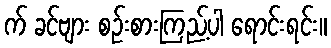
က် ခင်ဗျား စဉ်းစားကြည့်ပါ ရောင်းရင်း။